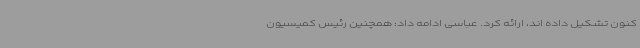
کنون تشکیل داده اند، ارائه کرد. عباسی ادامه داد: همچنین رئیس کمیسیون